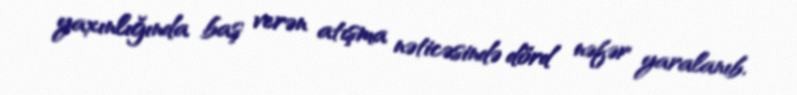
yaxınlığında baş verən atışma nəticəsində dörd nəfər yaralanıb.